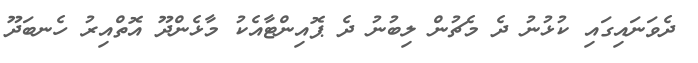
ދެވަނައިގައި ކުޅުނު ދެ މެޗުން ލިބުނު ދެ ޕޮއިންޓާއެކު މާޅެންދޫ އޮތްއިރު ހެނބަދޫ